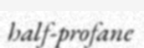
half-profane